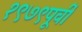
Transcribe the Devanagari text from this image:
१९७९पूर्वी